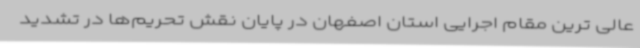
عالی ترین مقام اجرایی استان اصفهان در پایان نقش تحریم‌ها در تشدید